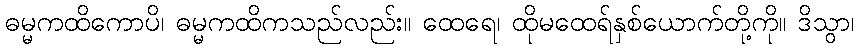
ဓမ္မကထိကောပိ၊ ဓမ္မကထိကသည်လည်း။ ထေရေ၊ ထိုမထေရ်နှစ်ယောက်တို့ကို။ ဒိသွာ၊